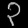
Digit: ၃